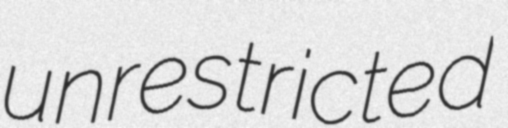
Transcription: unrestricted